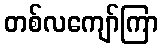
တစ်လကျော်ကြာ